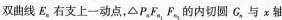
双曲线E。右支上一动点，△P，F，F，的内切圆G，与x轴